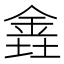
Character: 𫒕